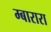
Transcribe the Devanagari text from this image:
म्बारारा